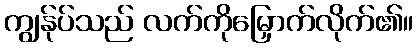
ကျွန်ုပ်သည် လက်ကိုမြှောက်လိုက်၏။